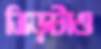
ভিড়টাও